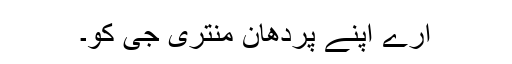
ارے اپنے پردھان منتری جی کو۔